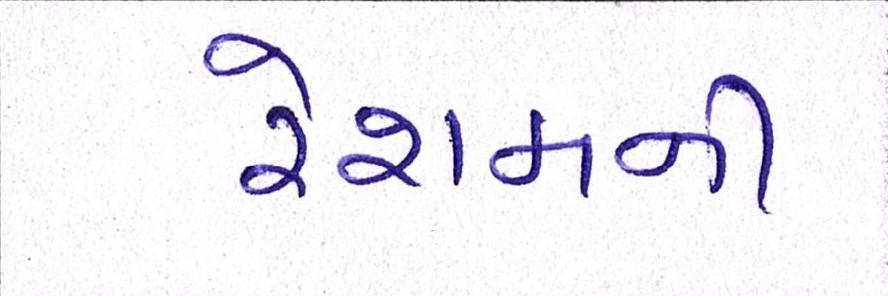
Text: રેશમની